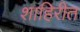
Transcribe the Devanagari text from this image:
शाहिरीत